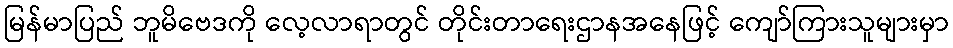
မြန်မာပြည် ဘူမိဗေဒကို လေ့လာရာတွင် တိုင်းတာရေးဌာနအနေဖြင့် ကျော်ကြားသူများမှာ